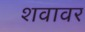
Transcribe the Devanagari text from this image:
शवावर